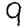
Digit: 9